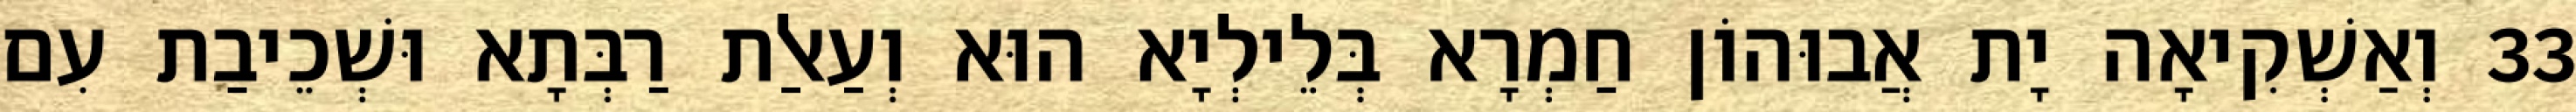
33 וְאַשְׁקִיאָה יָת אֲבוּהוֹן חַמְרָא בְּלֵילְיָא הוּא וְעַאלַת רַבְּתָא וּשְׁכֵיבַת עִם